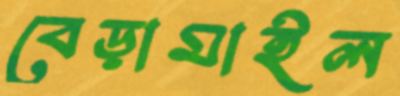
বেড়ামাইল